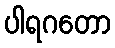
ပါရဂတော